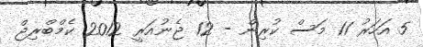
5 އަހަރު 11 މަސް ކުރިން - 12 ޖެނުއަރީ 2012 ކެމްބްރިޖް